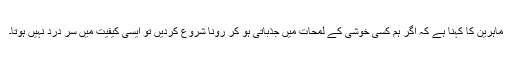
ماہرین کا کہنا ہے کہ اگر ہم کسی خوشی کے لمحات میں جذباتی ہو کر رونا شروع کردیں تو ایسی کیفیت میں سر درد نہیں ہوتا۔